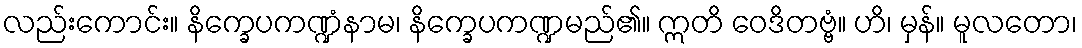
လည်းကောင်း။ နိက္ခေပကဏ္ဍံနာမ၊ နိက္ခေပကဏ္ဍမည်၏။ ဣတိ ဝေဒိတဗ္ဗံ။ ဟိ၊ မှန်။ မူလတော၊